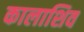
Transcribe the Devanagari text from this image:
कालाशिव